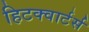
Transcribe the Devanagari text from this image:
हिटक्वार्टर्स